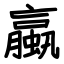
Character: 蠃